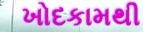
ખોદકામથી